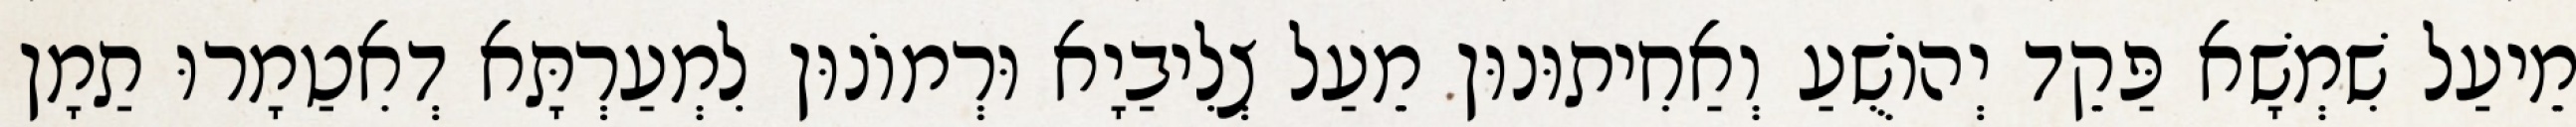
מֵיעַל שִׁמְשָׁא פַּקֵד יְהוֹשֻׁעַ וְאַחִיתוּנוּן מֵעַל צְלִיבַיָא וּרְמוֹנוּן לִמְעַרְתָּא דְאִטַמָרוּ תַמָן